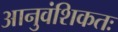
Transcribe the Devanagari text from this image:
आनुवंशिकतः